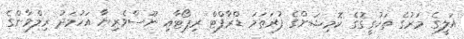
އަލީގެ މަރުގެ ތަހުގީގުގެ ކޮމިޝަންގެ ފުރަތަމަ ޑްރާފްޓް ރިޕޯޓާއި ނޫސްވެރިޔާ އަހުމަދު ރިލްވާންގެ